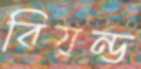
বিয়ন্ড